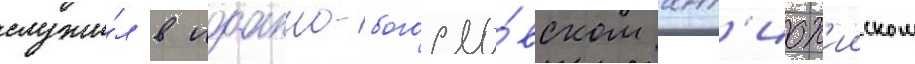
служи́л в иоанно-богосло́вском ант'иох'ииском